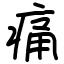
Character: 痛